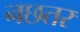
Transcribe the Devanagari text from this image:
नछतर